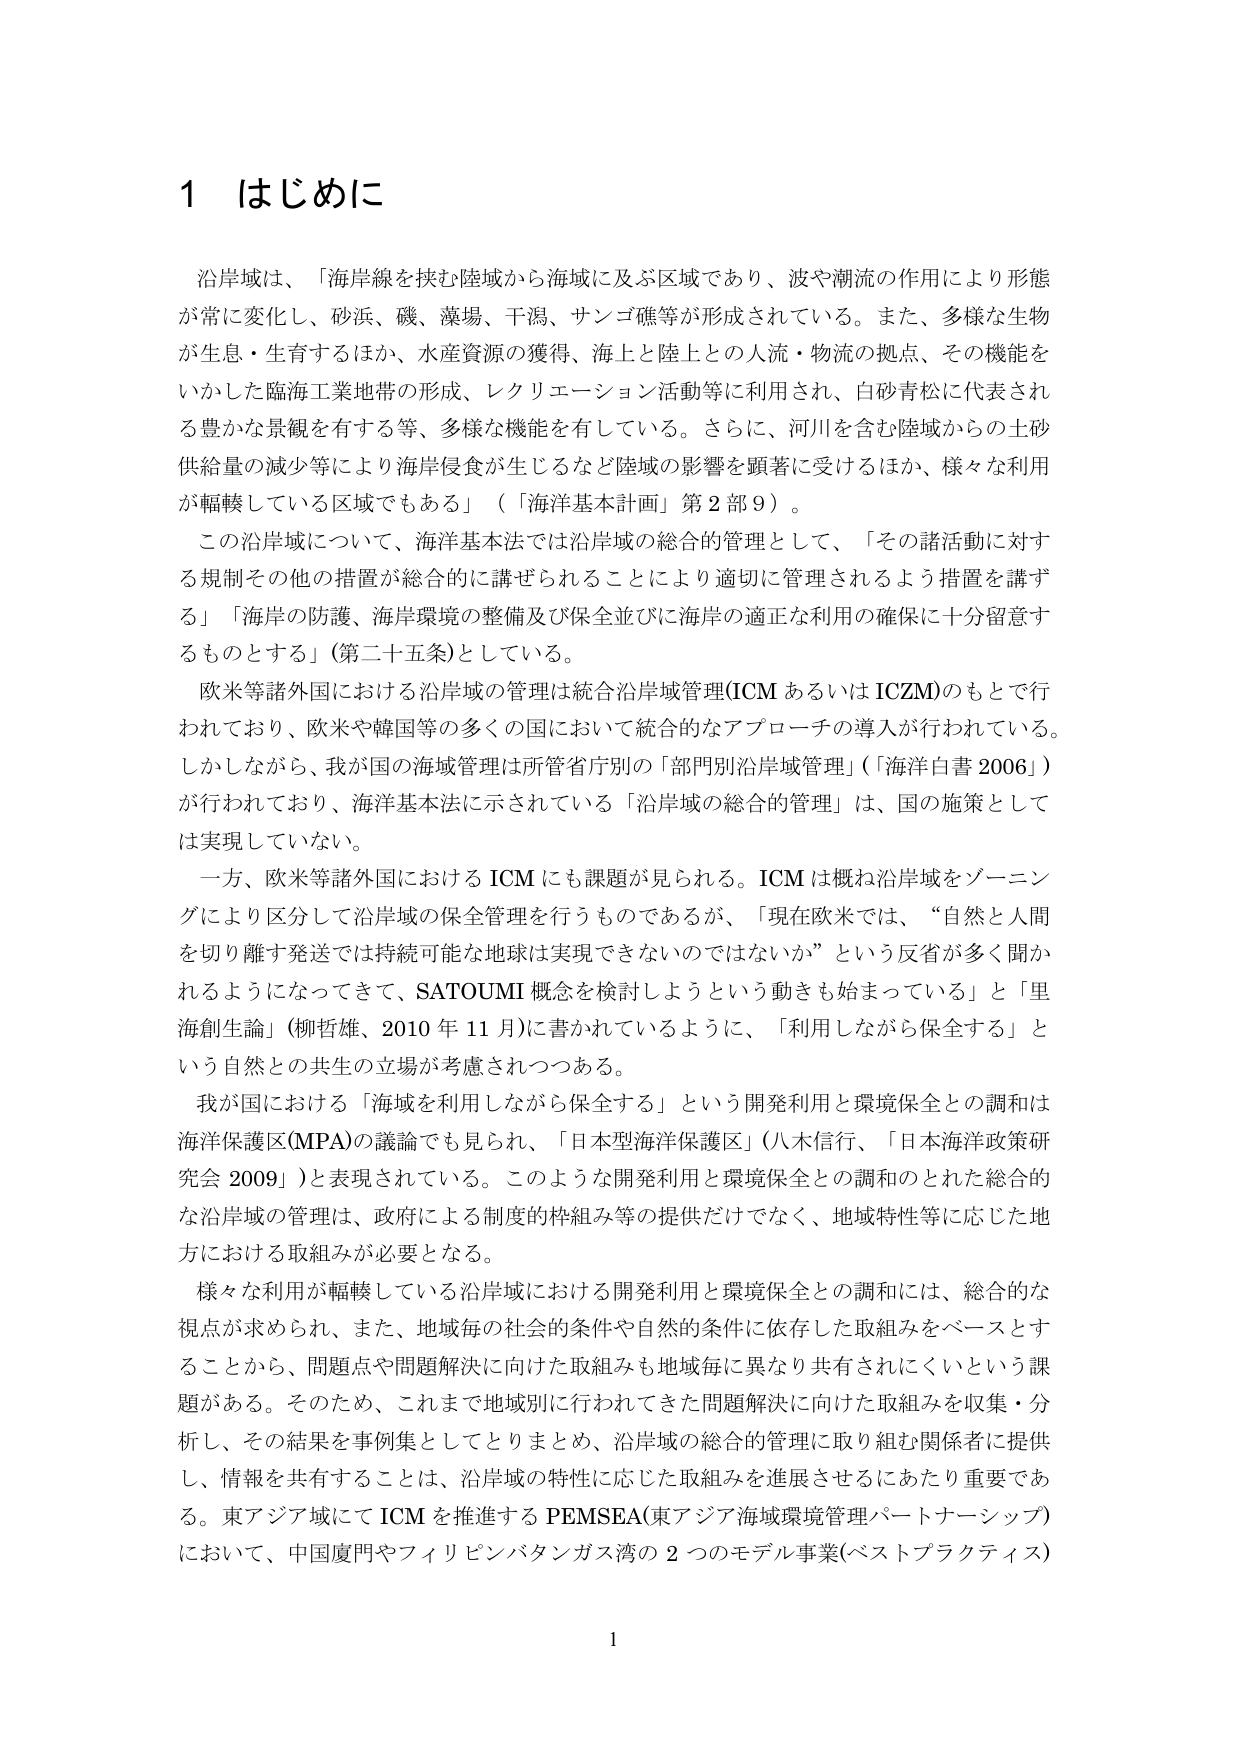
1 はじめに

沿岸域は、「海岸線を挟む陸域から海域に及ぶ区域であり、波や潮流の作用により形態が常に変化し、砂浜、磯、藻場、干潟、サンゴ礁等が形成されている。また、多様な生物が生息・生育するほか、水産資源の獲得、海上と陸上との人流・物流の拠点、その機能をいかした臨海工業地帯の形成、レクリエーション活動等に利用され、白砂青松に代表される豊かな景観を有する等、多様な機能を有している。さらに、河川を含む陸域からの土砂供給量の減少等により海岸侵食が生じるなど陸域の影響を顕著に受けるほか、様々な利用が幅広くしている区域でもある」（「海洋基本計画」第2部9）。

この沿岸域について、海洋基本法では沿岸域の総合的管理として、「その諸活動に対する規制その他の措置が総合的に講ぜられることにより適切に管理されるよう措置を講ずる」「海岸の防護、海岸環境の整備及び保全並びに海岸の適正な利用の確保に十分留意するものとする」（第二十五条）としている。

欧米等諸外国における沿岸域の管理は統合沿岸域管理（ICM あるいは ICZM）のもとで行われており、欧米や韓国等の多くの国において統合的なアプローチの導入が行われている。しかしながら、我が国の海域管理は所管省庁別の「部門別沿岸域管理」（「海洋白書2006」）が行われており、海洋基本法に示されている「沿岸域の総合的管理」は、国の施策としては実現していない。

一方、欧米等諸外国におけるICMにも課題が見られる。ICMは概ね沿岸域をゾーニングにより区分して沿岸域の保全管理を行うものであるが、「現在欧米では、“自然と人間を切り離す発送では持続可能な地球は実現できないのではないか”という反省が多く聞かれるようになってきて、SATOU MI概念を検討しようという動きも始まっている」と「里海創生論」（柳哲雄、2010年11月）に書かれているように、「利用しながら保全する」という自然との共生の立場が考慮されつつある。

我が国における「海域を利用しながら保全する」という開発利用と環境保全との調和は海洋保護区（MPA）の議論でも見られ、「日本型海洋保護区」（八木信行、「日本海洋政策研究会2009」）と表現されている。このような開発利用と環境保全との調和のとれた総合的な沿岸域の管理は、政府による制度的枠組み等の提供だけでなく、地域特性等に応じた地方における取組みが必要となる。

様々な利用が幅広くしている沿岸域における開発利用と環境保全との調和には、総合的な視点が求められ、また、地域毎の社会的条件や自然的条件に依存した取組みをベースとすることから、問題点や問題解決に向けた取組みも地域毎に異なり共有されにくいという課題がある。そのため、これまで地域別に行われてきた問題解決に向けた取組みを収集・分析し、その結果を事例集としてとりまとめ、沿岸域の総合的管理に取り組む関係者に提供し、情報を共有することは、沿岸域の特性に応じた取組みを進展させるにあたり重要である。東アジア域にてICMを推進するPEMSEA（東アジア海域環境管理パートナーシップ）において、中国廈門やフィリピンバタンガス湾の2つのモデル事業（ベストプラクティス）